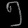
Digit: ၅